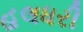
હલધરી